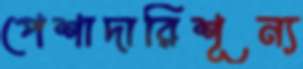
পেশাদারিশূন্য